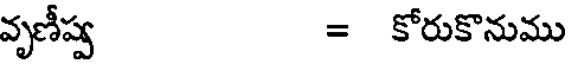
వృణీష్వ = కోరుకొనుము